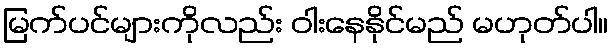
မြက်ပင်များကိုလည်း ဝါးနေနိုင်မည် မဟုတ်ပါ။